Leaving Certificate Examination (including Day School Certificate (Higher) General paper), 1932
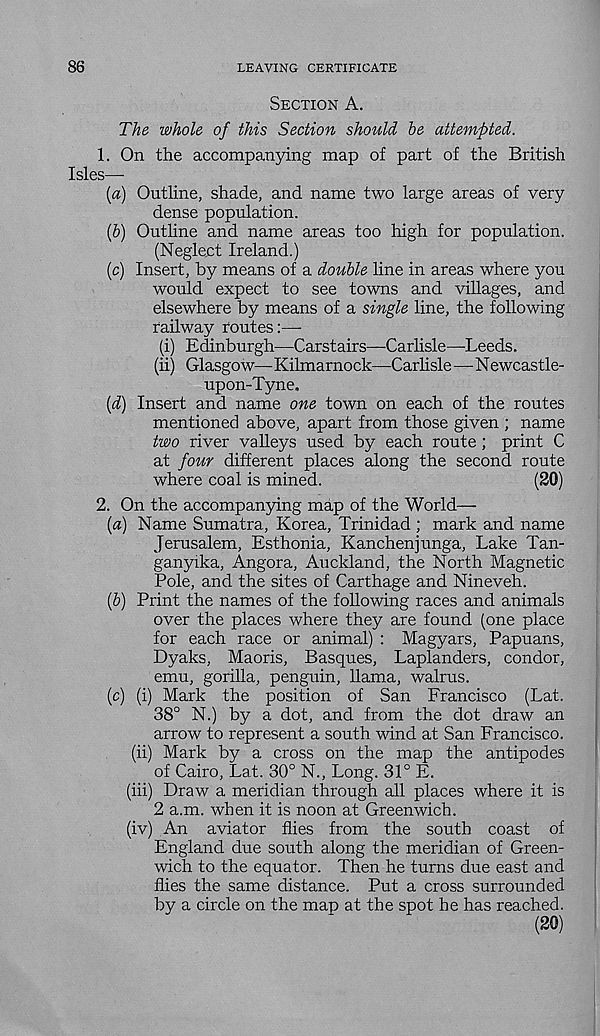
86
LEAVING CERTIFICATE
Section A.
The whole of this Section should be attempted.
1. On the accompanying map of part of the British
Isles—
{a) Outline, shade, and name two large areas of very
dense population.
(5) Outline and name areas too high for population.
(Neglect Ireland.)
(c) Insert, by means of a double line in areas where you
would expect to see towns and villages, and
elsewhere by means of a single line, the following
railway routes:—
(i) Edinburgh—Carstairs—Carlisle—Leeds.
(ii) Glasgow— Kilmarnock—Carlisle —- Newcastle-
upon-Tyne,
{d) Insert and name one town on each of the routes
mentioned above, apart from those given ; name
two river valleys used by each route ; print C
at four different places along the second route
where coal is mined.
(20)
2. On the accompanying map of the World—
{a) Name Sumatra, Korea, Trinidad ; mark and name
Jerusalem, Esthonia, Kanchenjunga, Lake Tan-
ganyika, Angora, Auckland, the North Magnetic
Pole, and the sites of Carthage and Nineveh.
[b) Print the names of the following races and animals
over the places where they are found (one place
for each race or animal) : Magyars, Papuans,
Dyaks, Maoris, Basques, Laplanders, condor,
emu, gorilla, penguin, llama, walrus.
(c) (i) Mark the position of San Francisco (Lat.
38° N.) by a dot, and from the dot draw an
arrow to represent a south wind at San Francisco.
(ii) Mark by a cross on the map the antipodes
of Cairo, Lat. 30° N., Long. 31° E.
(iii) Draw a meridian through all places where it is
2 a.m. when it is noon at Greenwich.
(iv) An aviator flies from the south coast of
England due south along the meridian of Green-
wich to the equator. Then he turns due east and
flies the same distance. Put a cross surrounded
by a circle on the map at the spot he has reached.
(20)